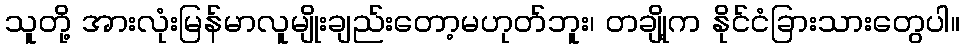
သူတို့ အားလုံးမြန်မာလူမျိုးချည်းတော့မဟုတ်ဘူး၊ တချို့က နိုင်ငံခြားသားတွေပါ။